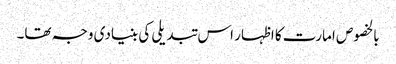
بالخصوص امارت کا اظہار اس تبدیلی کی بنیادی وجہ تھا۔